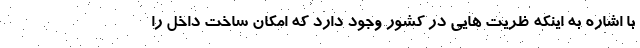
با اشاره به اینکه ظریت هایی در کشور وجود دارد که امکان ساخت داخل را